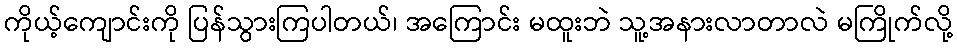
ကိုယ့်ကျောင်းကို ပြန်သွားကြပါတယ်၊ အကြောင်း မထူးဘဲ သူ့အနားလာတာလဲ မကြိုက်လို့